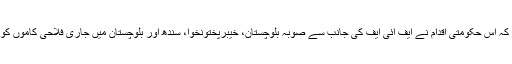
ترجمان کا مزید کہنا تھا کہ اس حکومتی اقدام نے ایف آئی ایف کی جانب سے صوبہ بلوچستان، خیبرپختونخوا، سندھ اور بلوچستان میں جاری فلاحی کاموں کو شدید نقصان پہنچایا ہے۔